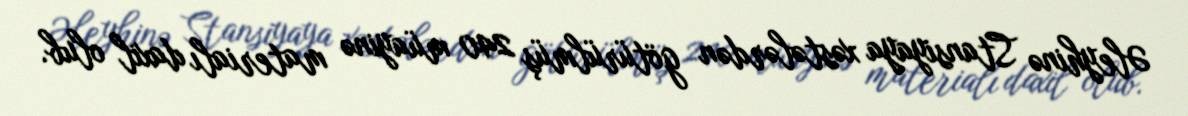
Əleyhinə Stansiyaya xəstələrdən götürülmüş 240 müayinə materialı daxil olub.